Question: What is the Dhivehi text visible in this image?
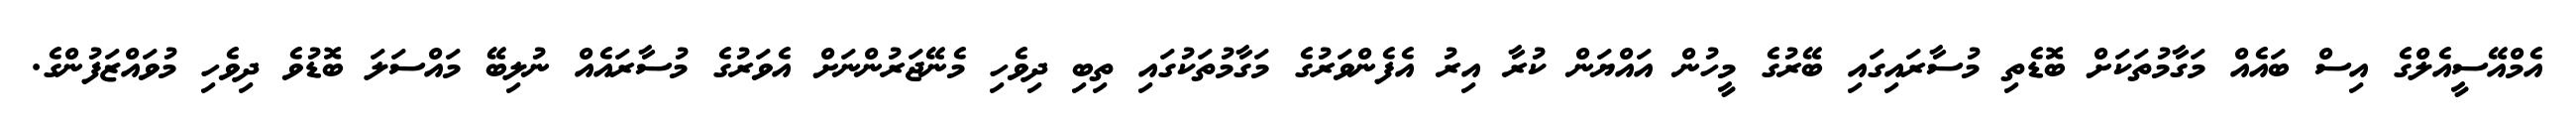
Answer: އެމްއޭސީއެލްގެ އިސް ބައެއް މަގާމުތަކަށް ބޮޑެތި މުސާރައިގައި ބޭރުގެ މީހުން އައްޔަން ކުރާ އިރު އެފެންވަރުގެ މަގާމުތަކުގައި ތިބި ދިވެހި މެނޭޖަރުންނަށް އެވަރުގެ މުސާރައެއް ނުލިބޭ މައްސަލަ ބޮޑުވެ ދިވެހި މުވައްޒަފުންގެ.